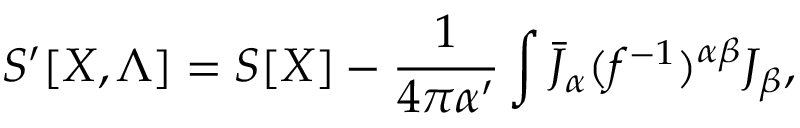
S ^ { \prime } [ X , \Lambda ] = S [ X ] - { \frac { 1 } { 4 \pi \alpha ^ { \prime } } } \int \bar { J } _ { \alpha } ( f ^ { - 1 } ) ^ { \alpha \beta } J _ { \beta } ,